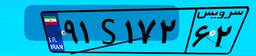
۹۱S۱۷۲۶۲